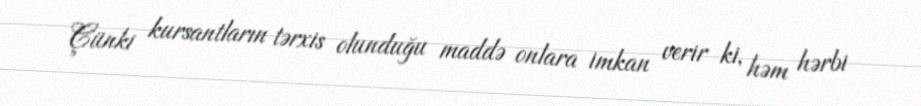
Çünki kursantların tərxis olunduğu maddə onlara imkan verir ki, həm hərbi